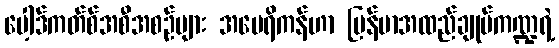
ပေါ့ဒ်ကတ်စ်အစီအစဉ်များ အမေရိကန်ဟာ မြန်မာအထည်ချုပ်ကဏ္ဍရဲ့